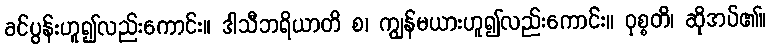
ခင်ပွန်းဟူ၍လည်းကောင်း။ ဒါသီဘရိယာတိ စ၊ ကျွန်မယားဟူ၍လည်းကောင်း။ ဝုစ္စတိ၊ ဆိုအပ်၏။